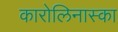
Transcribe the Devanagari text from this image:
कारोलिनास्का